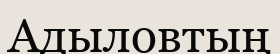
Адыловтың